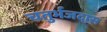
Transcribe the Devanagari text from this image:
चतुर्भजदास